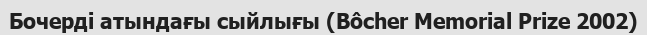
Бочерді атындағы сыйлығы (Bôcher Memorial Prize 2002)